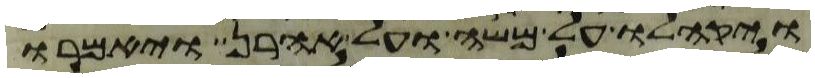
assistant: ויקהלו על משה ועל אהרן ויאמרו